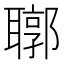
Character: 𦗒